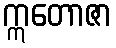
ဣတောဇာ